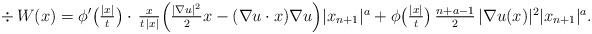
LaTeX: \begin{align*}\div\, W (x) & = \phi'\big(\textstyle{\frac{|x|}{t}}\big)\cdot\,\frac{x}{t\,|x|} \Big(\frac{|\nabla u|^2}{2}x-(\nabla u\cdot x)\nabla u\Big)|x_{n+1}|^a + \phi\big(\textstyle{\frac{|x|}{t}}\big)\,\frac{n+a-1}{2}\,|\nabla u(x)|^2|x_{n+1}|^a.\end{align*}